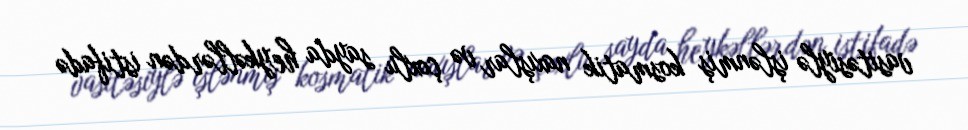
vasitəsiylə işlənmiş kosmatik naxışlar və çoxlu sayda heykəllərdən istifadə